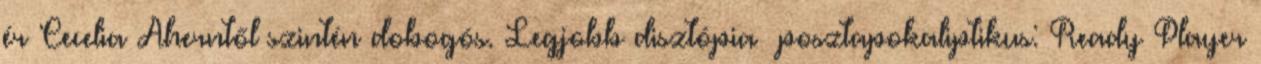
ér Cecelia Aherntől szintén dobogós. Legjobb disztópia posztapokaliptikus: Ready Player